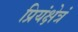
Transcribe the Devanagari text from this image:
प्रियंक्षेत्रं